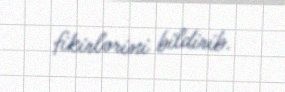
fikirlərini bildirib.